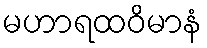
မဟာရထဝိမာနံ